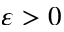
\varepsilon > 0